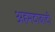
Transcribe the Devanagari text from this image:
अहमदाबादी